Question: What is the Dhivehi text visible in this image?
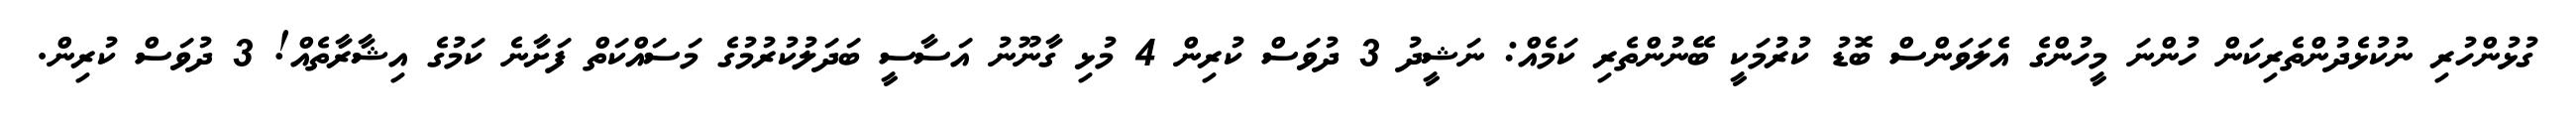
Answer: ގުޅުންހުރި ނުކުޅެދުންތެރިކަން ހުންނަ މީހުންގެ އެލަވަންސް ބޮޑު ކުރުމަކީ ބޭނުންތެރި ކަމެއް: ނަޝީދު 3 ދުވަސް ކުރިން 4 މުޅި ގާނޫނު އަސާސީ ބަދަލުކުރުމުގެ މަސައްކަތް ފަށާނެ ކަމުގެ އިޝާރާތެއް! 3 ދުވަސް ކުރިން.